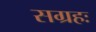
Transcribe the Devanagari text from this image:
सग्रहः